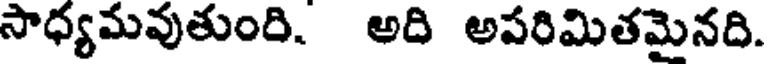
సాధ్యమవుతుంది. అది అపరిమితమైనది.